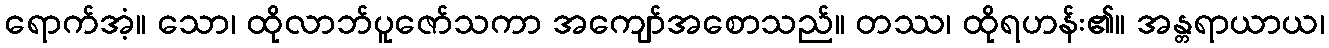
ရောက်အံ့။ သော၊ ထိုလာဘ်ပူဇော်သကာ အကျော်အစောသည်။ တဿ၊ ထိုရဟန်း၏။ အန္တရာယာယ၊